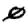
Digit: 0